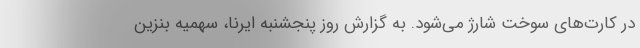
در کارت‌های سوخت شارژ می‌شود. به گزارش روز پنجشنبه ایرنا، سهمیه بنزین